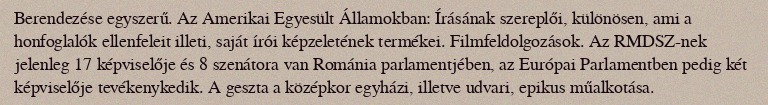
Berendezése egyszerű. Az Amerikai Egyesült Államokban: Írásának szereplői, különösen, ami a honfoglalók ellenfeleit illeti, saját írói képzeletének termékei. Filmfeldolgozások. Az RMDSZ-nek jelenleg 17 képviselője és 8 szenátora van Románia parlamentjében, az Európai Parlamentben pedig két képviselője tevékenykedik. A geszta a középkor egyházi, illetve udvari, epikus műalkotása.